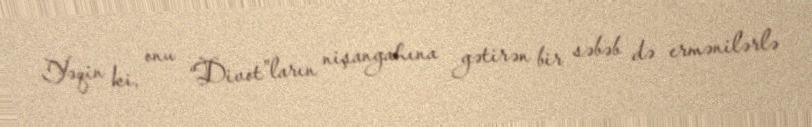
Yəqin ki, onu “Divot”ların nişangahına gətirən bir səbəb də ermənilərlə